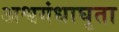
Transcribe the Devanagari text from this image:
अश्वगंधाघृता